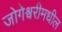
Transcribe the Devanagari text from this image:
जोगेश्वरीमधील